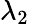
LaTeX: \lambda_{2}